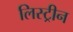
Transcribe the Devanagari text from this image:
लिस्ट्रीन